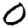
Digit: 0